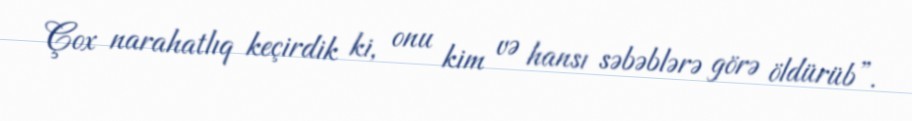
Çox narahatlıq keçirdik ki, onu kim və hansı səbəblərə görə öldürüb”.